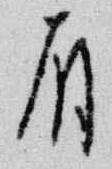
有